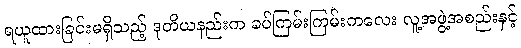
ရယူထားခြင်းမရှိသည့် ဒုတိယနည်းက ခပ်ကြမ်းကြမ်းကလေး လူ့အဖွဲ့အစည်းနှင့်